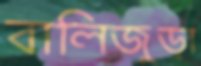
বালিজুড়া